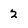
Character: 2